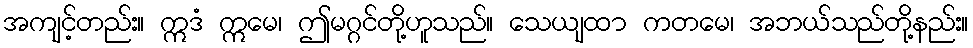
အကျင့်တည်း။ ဣဒံ ဣမေ၊ ဤမဂ္ဂင်တို့ဟူသည်။ သေယျထာ ကတမေ၊ အဘယ်သည်တို့နည်း။